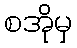
စအိုမှ